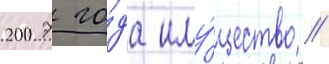
2007 го́да иму́щество /